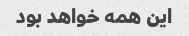
این همه خواهد بود